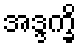
အဒ္ဒက္ခိ